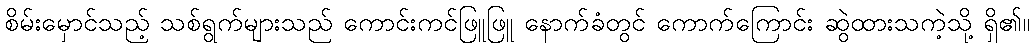
စိမ်းမှောင်သည့် သစ်ရွက်များသည် ကောင်းကင်ဖြူဖြူ နောက်ခံတွင် ကောက်ကြောင်း ဆွဲထားသကဲ့သို့ ရှိ၏။